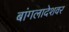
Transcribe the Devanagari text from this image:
बांगलादेशवर